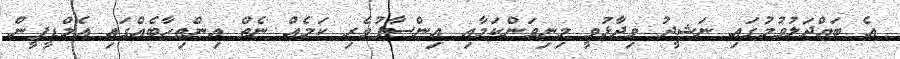
އެ ބައްދަލުވުމުގައި ނަޝީދު ވިދާޅުވީ މިނިވަންކަމާއި އިންސާފުވެރި ކަމެއް ނެތް އިންތިހާބެއްގައި އެމްޑީޕީން